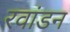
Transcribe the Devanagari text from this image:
रवांडन